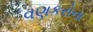
વણકરોના